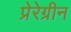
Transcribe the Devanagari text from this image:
प्रेरेग्रीन